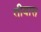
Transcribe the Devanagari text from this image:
तीयास